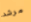
مرشد